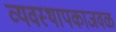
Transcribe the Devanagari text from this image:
व्यवस्थापकाजवळ